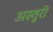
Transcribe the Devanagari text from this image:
अस्तुरी